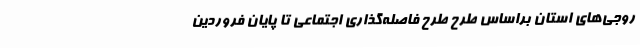
روجی‌های استان براساس طرح طرح فاصله‌گذاری اجتماعی تا پایان فروردین